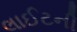
લાઈટની